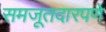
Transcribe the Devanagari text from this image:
समजूतदारपणे